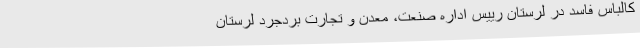
کالباس فاسد در لرستان رییس اداره صنعت، معدن و تجارت بردجرد لرستان